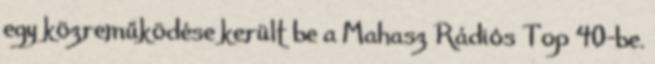
egy közreműködése került be a Mahasz Rádiós Top 40-be.